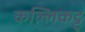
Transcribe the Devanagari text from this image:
कल्लिकट्टू